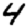
Digit: 4